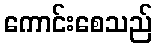
ကောင်းစေသည်